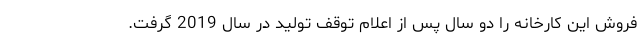
فروش این کارخانه را دو سال پس از اعلام توقف تولید در سال 2019 گرفت.